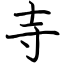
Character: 寺